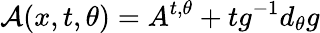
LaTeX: {\cal A}(x,t,\theta)=A^{t,\theta}+tg^{-1}d_{\theta}g